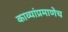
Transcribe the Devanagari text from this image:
काव्यांप्रमाणेच